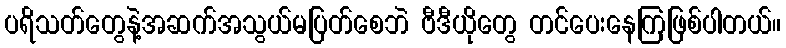
ပရိသတ်တွေနဲ့အဆက်အသွယ်မပြတ်စေဘဲ ဗီဒီယိုတွေ တင်ပေးနေကြဖြစ်ပါတယ်။